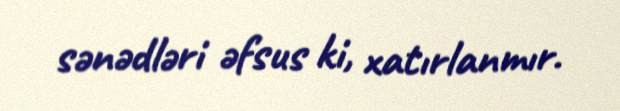
sənədləri əfsus ki, xatırlanmır.